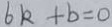
6 k + b = 0